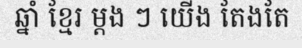
ឆ្នាំ ខ្មែរ ម្តង ៗ យើង តែងតែ